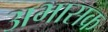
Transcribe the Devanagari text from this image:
अभासक